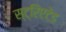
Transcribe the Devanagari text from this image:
स्ट्रिएटेड